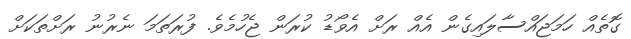
ގޮތެއް ހަމަޖައްސާލައިގެން އެއް ރަށް އެވޯޑު ކުރަން ޖެހުމެވެ. ފުރަތަމަ ނެރުނު ރަށްތަކަށް